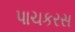
પાચકરસ